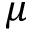
\mu